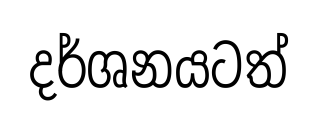
දර්ශනයටත්